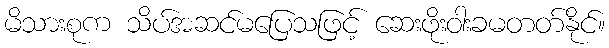
မိသားစုက သိပ်အဆင်မပြေသဖြင့် ဆေးဖိုးဝါးခမတတ်နိုင်။